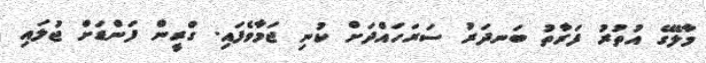
މާލޭގެ އުތުރު ފަރާތު ބަނދަރު ސަރަހައްދަށް ކުނި ޖަމާވެފައި. ގްރީން ފަންޑަށް ޖުލައި